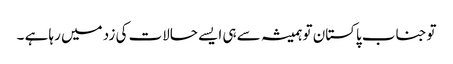
توجناب پاکستان تو ہمیشہ سے ہی ایسے حالات کی زد میں رہا ہے ۔